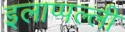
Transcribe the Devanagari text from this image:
इलाप्पल्ली